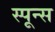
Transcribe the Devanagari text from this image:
स्पून्स